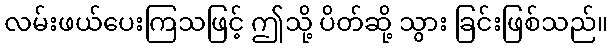
လမ်းဖယ်ပေးကြသဖြင့် ဤသို့ ပိတ်ဆို့ သွား ခြင်းဖြစ်သည်။